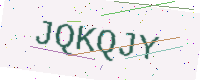
Text: JQKQJY